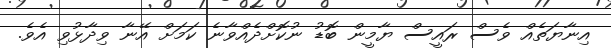
އިނާޔަތެއް ވެސް ރައީސް ޔާމީން ބޮޑު ނުކޮށްދެއްވާނެ ކަމަށް އޭނާ ވިދާޅުވި އެވެ.